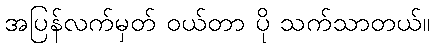
အပြန်လက်မှတ် ဝယ်တာ ပို သက်သာတယ်။